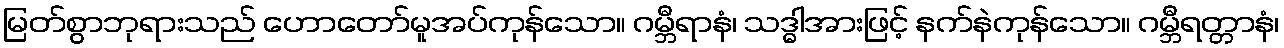
မြတ်စွာဘုရားသည် ဟောတော်မူအပ်ကုန်သော။ ဂမ္ဘီရာနံ၊ သဒ္ဓါအားဖြင့် နက်နဲကုန်သော။ ဂမ္ဘီရတ္တာနံ၊